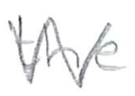
Text: the
Cross-out: zig-zag
Writing tool: pencil